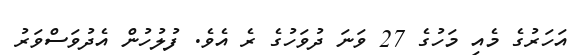
އަހަރުގެ މެއި މަހުގެ 27 ވަނަ ދުވަހުގެ ރެ އެވެ. ފުލުހުން އެދުވަސްވަރު